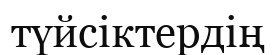
түйсіктердің